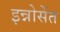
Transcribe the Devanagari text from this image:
इन्नोसेंत